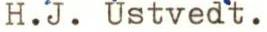
H.J. Ustvedt.